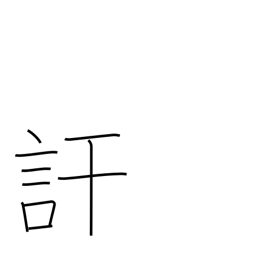
Meaning: divulge